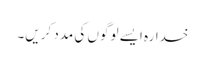
خدارہ ایسے لوگوں کی مدد کریں۔